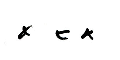
*  *  *